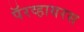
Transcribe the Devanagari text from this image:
पॅरव्हायरस